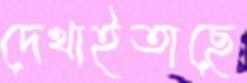
দেখাইতাছে